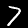
Digit: 7